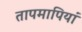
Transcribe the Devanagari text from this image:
तापमापियां